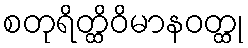
စတုရိတ္ထိဝိမာနဝတ္ထု